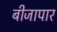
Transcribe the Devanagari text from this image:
बीजापार